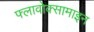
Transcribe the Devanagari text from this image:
फ्लावोक्सामाइन